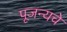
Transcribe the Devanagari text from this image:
पूजन्यचे